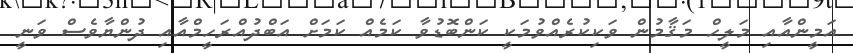
އަމީންއާއި މަލީހް މަޤާމުން ވަކިކުރެއްވުމަކީ ކަންބޮޑުވާ ކަމެއް ކަމަށް އަބްދުއްރަހީމްއާއި ދުންޔާވެސް ވަނީ